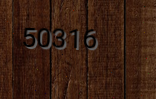
50316